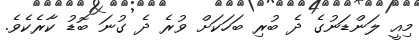
މިއީ ލަންޑަނުގެ ދެ ބުރި ބަހަކަށް ވުރެ ދެ ގުނަ ބޮޑު ކާރެކެވެ.